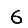
Digit: 6